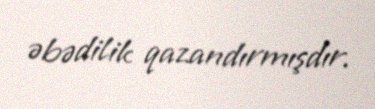
əbədilik qazandırmışdır.